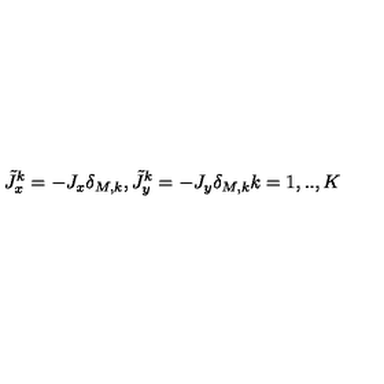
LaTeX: \tilde { J } _ { x } ^ { k } = - J _ { x } \delta _ { M , k } , \tilde { J } _ { y } ^ { k } = - J _ { y } \delta _ { M , k } k = 1 , . . , K